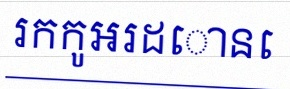
រកកូអរដោនេ